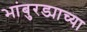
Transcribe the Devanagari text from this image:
भांबुरड्याच्‍या